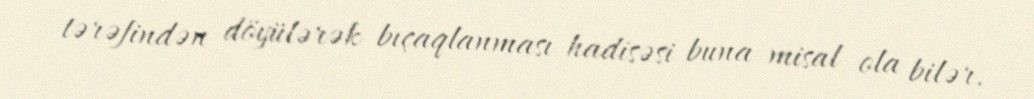
tərəfindən döyülərək bıçaqlanması hadisəsi buna misal ola bilər.